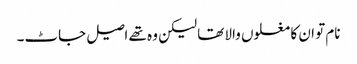
نام تو ان کا مغلوں والا تھا لیکن وہ تھے اصیل جاٹ۔